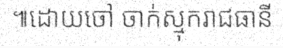
៕ដោយចៅ ចាក់ស្មុករាជធានី